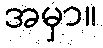
အမှာ။